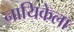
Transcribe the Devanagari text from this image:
नायिकेला